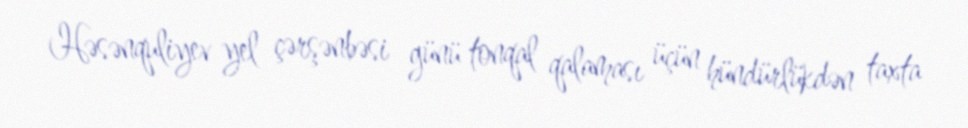
Həsənquliyev yel çərşənbəsi günü tonqal qalaması üçün hündürlükdən taxta